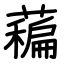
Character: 藊